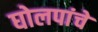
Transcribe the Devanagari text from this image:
घोलपांचे